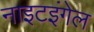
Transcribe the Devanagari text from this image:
नाइटइंगेल